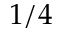
1 / 4